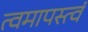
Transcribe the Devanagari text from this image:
त्वमापस्त्वं